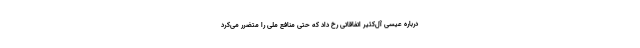
درباره عیسی‌ آل‌کثیر اتفاقاتی رخ داد که حتی منافع ملی را متضرر می‌کرد